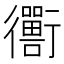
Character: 𬡁